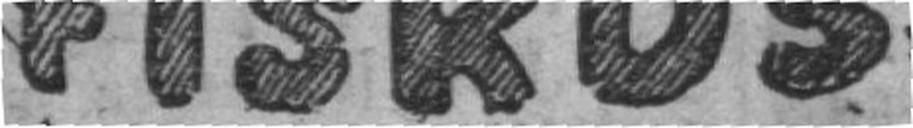
FISKUS